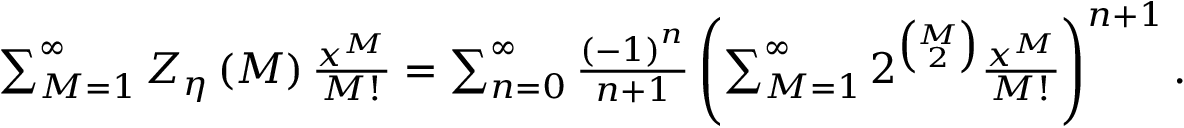
\begin{array} { r } { \sum _ { M = 1 } ^ { \infty } Z _ { \eta } \left( M \right) \frac { x ^ { M } } { M ! } = \sum _ { n = 0 } ^ { \infty } \frac { \left( - 1 \right) ^ { n } } { n + 1 } \left( \sum _ { M = 1 } ^ { \infty } 2 ^ { \binom { M } { 2 } } \frac { x ^ { M } } { M ! } \right) ^ { n + 1 } . } \end{array}